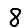
Digit: 8